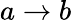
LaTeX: a\to b